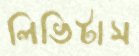
লিভিটাস